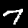
Label: 7